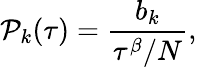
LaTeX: \mathcal{P}_{k}(\tau)=\frac{{b_{k}}}{{\tau^{\beta}/N}},